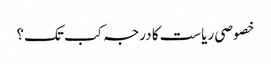
خصوصی ریاست کا درجہ کب تک؟